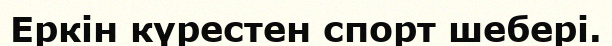
Еркін күрестен спорт шебері.